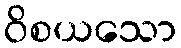
ဝိစယသော